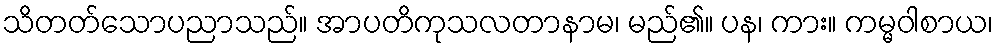
သိတတ်သောပညာသည်။ အာပတိကုသလတာနာမ၊ မည်၏။ ပန၊ ကား။ ကမ္မဝါစာယ၊